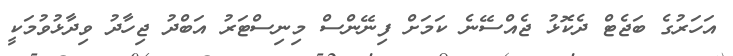
އަހަރުގެ ބަޖެޓް ދެކޮޅު ޖެއްސޭނެ ކަމަށް ފިނޭންސް މިނިސްޓަރު އަބްދު ޖިހާދު ވިދާޅުވުމަކީ